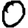
Digit: 0